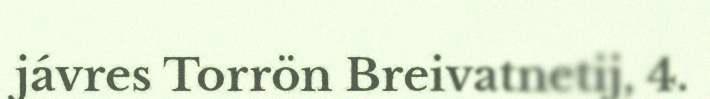
jávres Torrön Breivatnetij, 4.